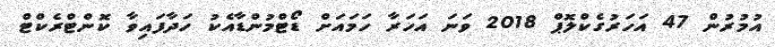
އުމުރުން 47 އަހަރުގެކްލޮޕް 2018 ވަނަ އަހަރާ ހަމައަށް ޑޯޓްމުންޑާއެކު ހަދާފައިވާ ކޮންޓްރެކްޓް